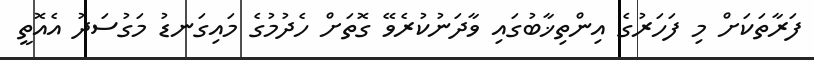
ފަރާތަކަށް މި ފަހަރުގެ އިންތިޚާބުގައި ވާދަނުކުރެވޭ ގޮތަށް ހެދުމުގެ މައިގަނޑު މަގުސަދު އެއޮތީ